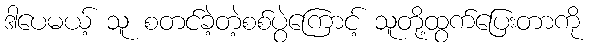
ဒါပေမယ့် သူ စတင်ခဲ့တဲ့စစ်ပွဲကြောင့် သူတို့ထွက်ပြေးတာကို